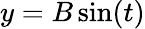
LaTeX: y=B\sin(t)